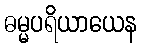
ဓမ္မပရိယာယေန